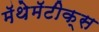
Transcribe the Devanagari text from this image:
मॅथेमॅटीक्स